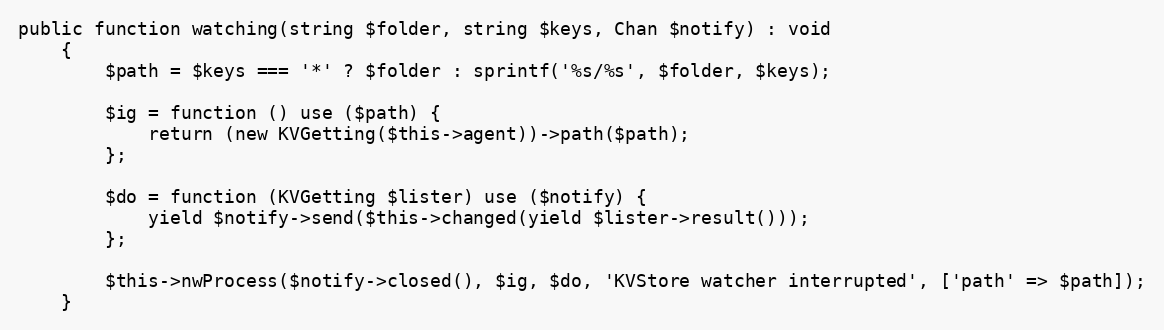
Language: PHP
public function watching(string $folder, string $keys, Chan $notify) : void
    {
        $path = $keys === '*' ? $folder : sprintf('%s/%s', $folder, $keys);

        $ig = function () use ($path) {
            return (new KVGetting($this->agent))->path($path);
        };

        $do = function (KVGetting $lister) use ($notify) {
            yield $notify->send($this->changed(yield $lister->result()));
        };

        $this->nwProcess($notify->closed(), $ig, $do, 'KVStore watcher interrupted', ['path' => $path]);
    }